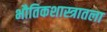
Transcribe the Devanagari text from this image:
भौतिकशास्त्रातला